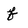
Character: f